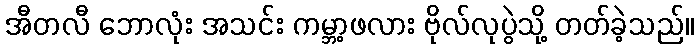
အီတလီ ဘောလုံး အသင်း ကမ္ဘာ့ဖလား ဗိုလ်လုပွဲသို့ တတ်ခဲ့သည်။